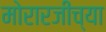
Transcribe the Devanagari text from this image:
मोरारजीच्या